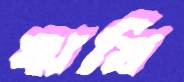
ঋষি